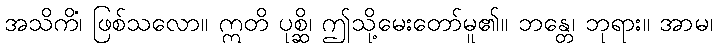
အသိကိံ၊ ဖြစ်သလော။ ဣတိ ပုစ္ဆိ၊ ဤသို့မေးတော်မူ၏။ ဘန္တေ၊ ဘုရား။ အာမ၊